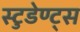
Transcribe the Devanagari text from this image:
स्टुडेण्ट्स